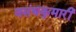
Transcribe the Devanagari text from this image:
वसंथकुमारी